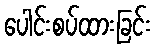
ပေါင်းစပ်ထားခြင်း